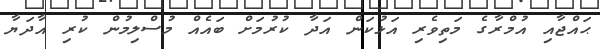
ޙައްޖާއި އުމްރާގެ މަތިވެރި އަޅުކަން އަދާ ކުރުމަށް ބައެއް މުސްލިމުން ކުރި އާދަޔާ